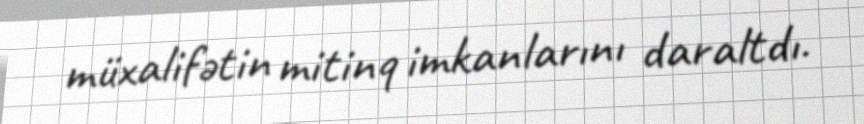
müxalifətin mitinq imkanlarını daraltdı.